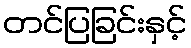
တင်ပြခြင်းနှင့်